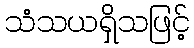
သံသယရှိသဖြင့်